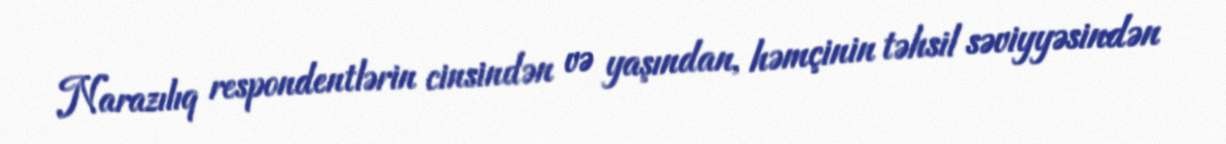
Narazılıq respondentlərin cinsindən və yaşından, həmçinin təhsil səviyyəsindən